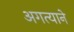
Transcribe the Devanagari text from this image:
अगत्याने